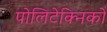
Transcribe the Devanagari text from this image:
पोलिटेक्निको